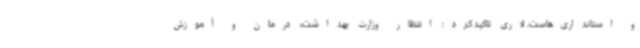
و استانداری‌هاست. لاری تاکید کرد: انتظار وزارت بهداشت، درمان و آموزش